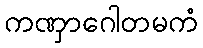
ကဏှာဂေါတမကံ